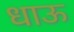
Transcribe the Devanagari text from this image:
धाऊ